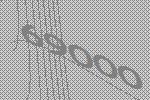
69000